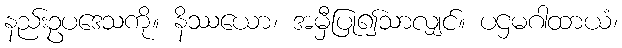
နည်းဥပဒေသကို။ နိဿယော၊ အမှီပြု၍သာလျှင်။ ပဌမဂါထာယံ၊